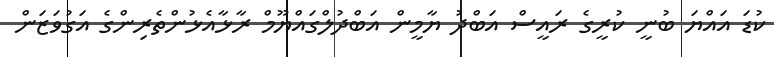
ކުޑަ އައްޔަ ބުނީ ކުރީގެ ރައީސް އަބްދު ޔާމީން އަބްދުލްގައްޔޫމް ރާޅާއެޅުންތެރިންގެ އަގުވަޒަން